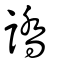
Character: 譑